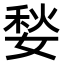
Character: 媝